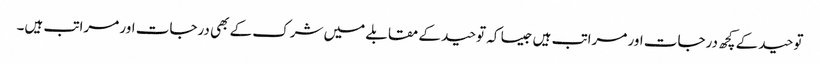
توحید کے کچھ درجات اور مراتب ہیں جیسا کہ توحید کے مقابلے میں شرک کے بھی درجات اور مراتب ہیں۔